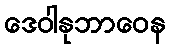
ဒေဝါနုဘာဝေန